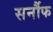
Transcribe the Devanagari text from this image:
सर्नौफ